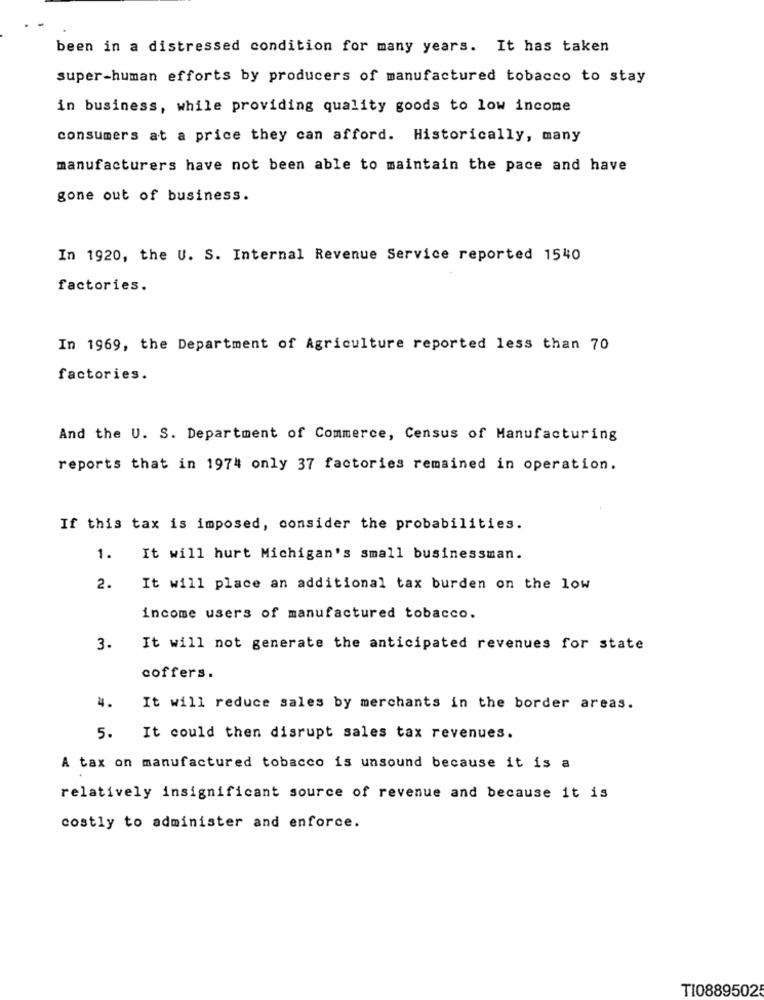
been in a distressed condition for many years. It has taken
super-human efforts by producers of manufactured tobacco to stay
in business, while providing quality goods to low income
consumers at a price they can afford. Historically, many
manufacturers have not been able to maintain the pace and have
gone out of business.
In 1920, the U. S. Internal Revenue Service reported 1540
factories.
In 1969, the Department of Agriculture reported less than 70
factories.
And the U. S. Department of Commerce, Census of Manufacturing
reports that in 1974 only 37 factories remained in operation.
If this tax is imposed, consider the probabilities.
1.
It will hurt Michigan's small businessman.
2.
It will place an additional tax burden on the low
income users of manufactured tobacco.
3.
It will not generate the anticipated revenues for state
coffers.
4.
It will reduce sales by merchants in the border areas.
5.
It could then disrupt sales tax revenues.
A tax on manufactured tobacco is unsound because it is a
relatively insignificant source of revenue and because it is
costly to administer and enforce.
TI08895025